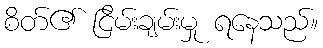
စိတ်၏ ငြိမ်းချမ်းမှု ရနေသည်။